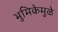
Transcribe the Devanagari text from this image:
भुमिकेमुळे